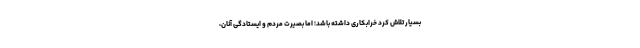
بسیار تلاش کرد خرابکاری داشته باشد؛ اما بصیرت مردم و ایستادگی آنان،